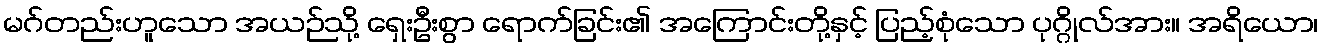
မဂ်တည်းဟူသော အယဉ်သို့ ရှေးဦးစွာ ရောက်ခြင်း၏ အကြောင်းတို့နှင့် ပြည့်စုံသော ပုဂ္ဂိုလ်အား။ အရိယော၊